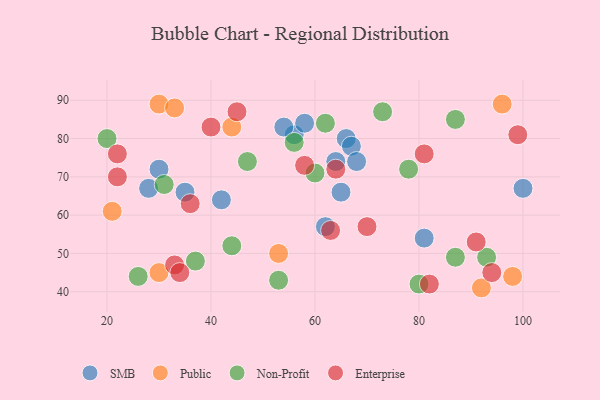
{"axis": {"x": "GDP", "y": "Life Expectancy"}, "legend": ["Enterprise", "Non-Profit", "Public", "SMB"], "data": [{"x": "42", "y": 64, "type": "SMB"}, {"x": "66", "y": 80, "type": "SMB"}, {"x": "28", "y": 67, "type": "SMB"}, {"x": "67", "y": 78, "type": "SMB"}, {"x": "100", "y": 67, "type": "SMB"}, {"x": "56", "y": 81, "type": "SMB"}, {"x": "81", "y": 54, "type": "SMB"}, {"x": "54", "y": 83, "type": "SMB"}, {"x": "35", "y": 66, "type": "SMB"}, {"x": "65", "y": 66, "type": "SMB"}, {"x": "58", "y": 84, "type": "SMB"}, {"x": "68", "y": 74, "type": "SMB"}, {"x": "62", "y": 57, "type": "SMB"}, {"x": "64", "y": 74, "type": "SMB"}, {"x": "30", "y": 72, "type": "SMB"}, {"x": "98", "y": 44, "type": "Public"}, {"x": "44", "y": 83, "type": "Public"}, {"x": "53", "y": 50, "type": "Public"}, {"x": "21", "y": 61, "type": "Public"}, {"x": "92", "y": 41, "type": "Public"}, {"x": "96", "y": 89, "type": "Public"}, {"x": "30", "y": 45, "type": "Public"}, {"x": "30", "y": 89, "type": "Public"}, {"x": "33", "y": 88, "type": "Public"}, {"x": "56", "y": 79, "type": "Non-Profit"}, {"x": "62", "y": 84, "type": "Non-Profit"}, {"x": "20", "y": 80, "type": "Non-Profit"}, {"x": "31", "y": 68, "type": "Non-Profit"}, {"x": "60", "y": 71, "type": "Non-Profit"}, {"x": "47", "y": 74, "type": "Non-Profit"}, {"x": "44", "y": 52, "type": "Non-Profit"}, {"x": "53", "y": 43, "type": "Non-Profit"}, {"x": "78", "y": 72, "type": "Non-Profit"}, {"x": "87", "y": 85, "type": "Non-Profit"}, {"x": "87", "y": 49, "type": "Non-Profit"}, {"x": "93", "y": 49, "type": "Non-Profit"}, {"x": "26", "y": 44, "type": "Non-Profit"}, {"x": "73", "y": 87, "type": "Non-Profit"}, {"x": "80", "y": 42, "type": "Non-Profit"}, {"x": "37", "y": 48, "type": "Non-Profit"}, {"x": "91", "y": 53, "type": "Enterprise"}, {"x": "64", "y": 72, "type": "Enterprise"}, {"x": "36", "y": 63, "type": "Enterprise"}, {"x": "81", "y": 76, "type": "Enterprise"}, {"x": "94", "y": 45, "type": "Enterprise"}, {"x": "82", "y": 42, "type": "Enterprise"}, {"x": "99", "y": 81, "type": "Enterprise"}, {"x": "63", "y": 56, "type": "Enterprise"}, {"x": "33", "y": 47, "type": "Enterprise"}, {"x": "22", "y": 70, "type": "Enterprise"}, {"x": "45", "y": 87, "type": "Enterprise"}, {"x": "40", "y": 83, "type": "Enterprise"}, {"x": "22", "y": 76, "type": "Enterprise"}, {"x": "70", "y": 57, "type": "Enterprise"}, {"x": "58", "y": 73, "type": "Enterprise"}, {"x": "34", "y": 45, "type": "Enterprise"}]}